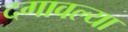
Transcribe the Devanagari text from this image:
दगावल्या